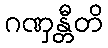
ဂဏှန္တီတိ